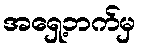
အရှေ့ဘက်မှ